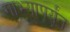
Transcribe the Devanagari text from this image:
गाभ्यापर्यंत